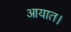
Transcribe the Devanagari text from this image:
आयात।